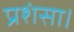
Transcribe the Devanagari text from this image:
प्रशंसा।